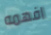
افهمه